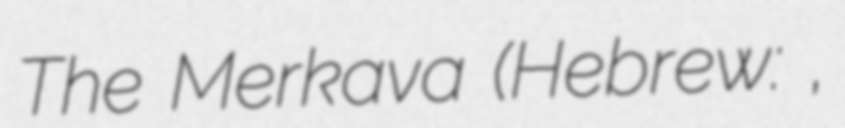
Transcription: The Merkava (Hebrew: מרכבה,